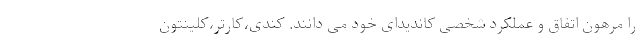
را مرهون اتفاق و عملکرد شخصی کاندیدای خود می دانند. کندی،کارتر،کلینتون